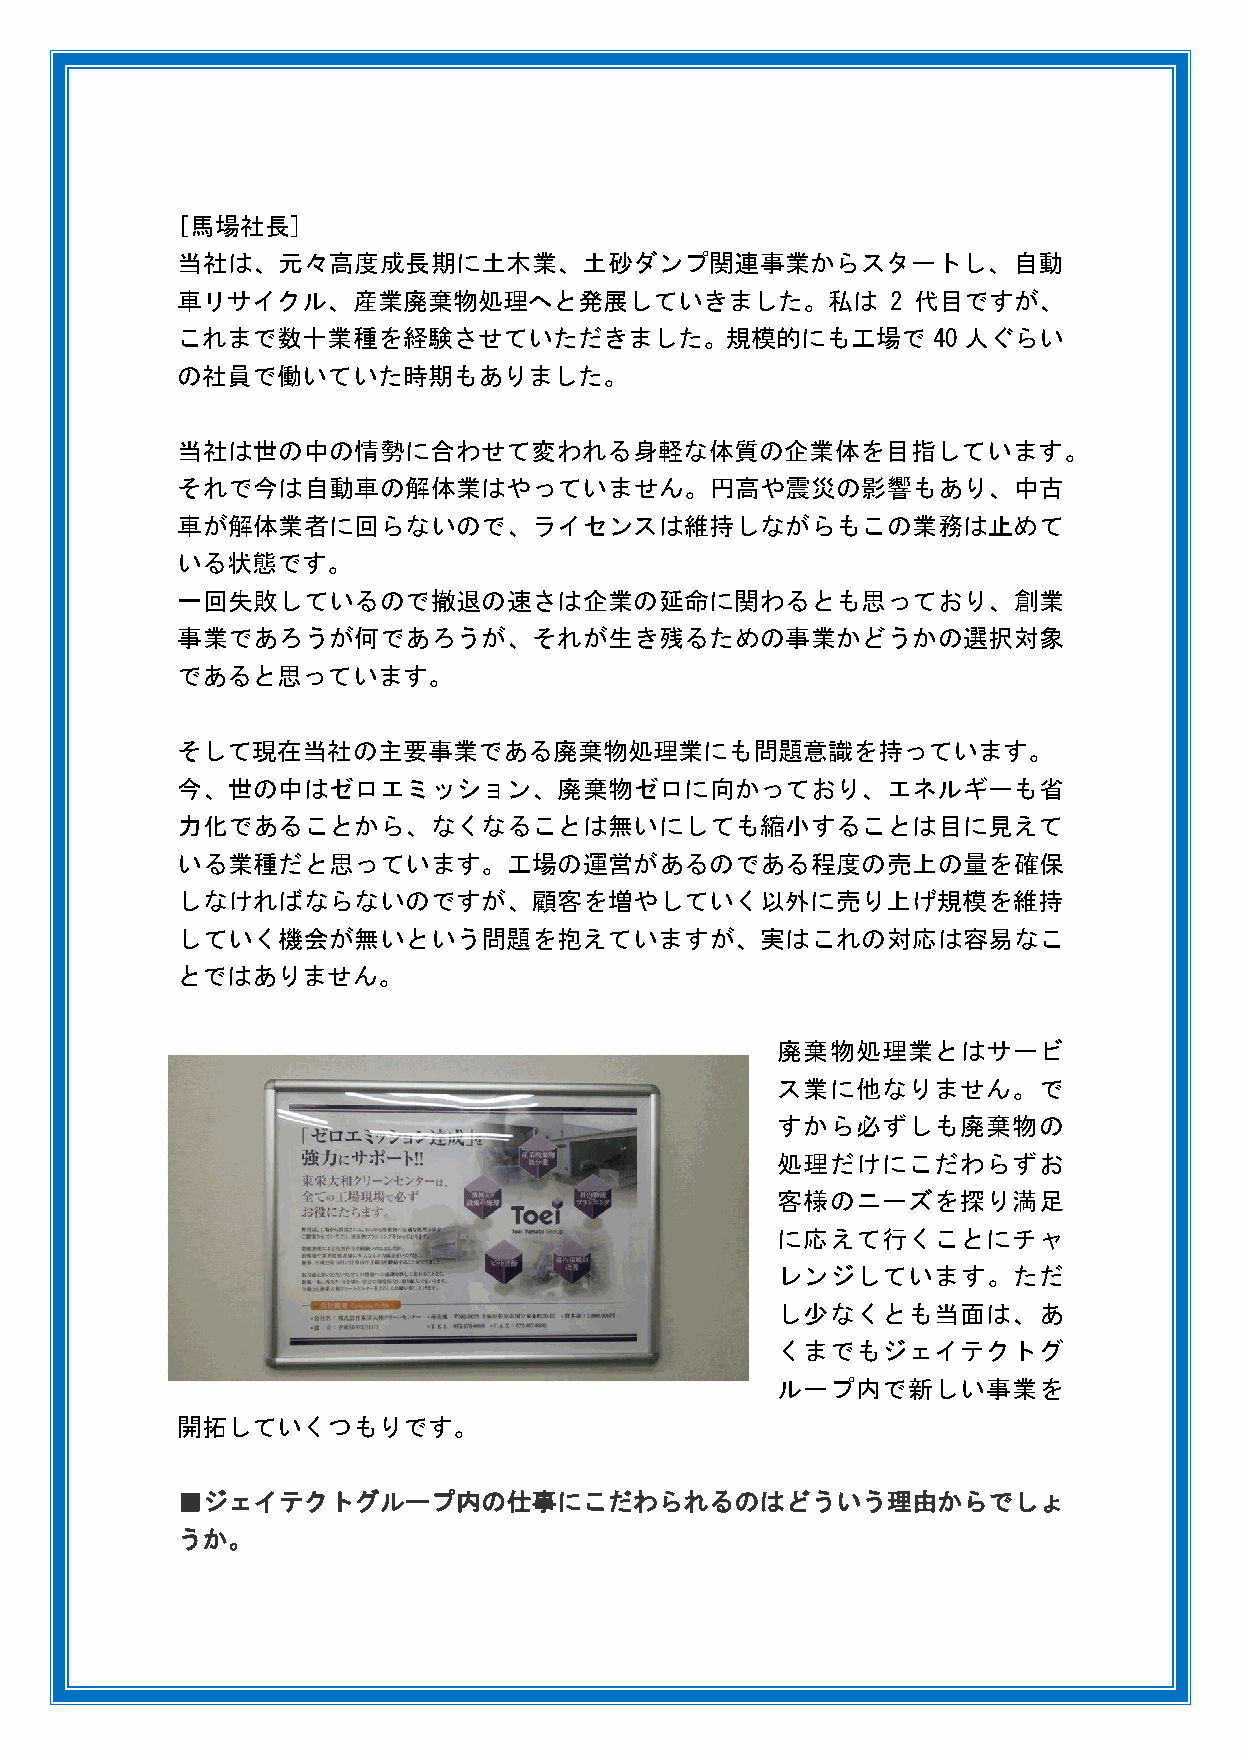
[馬場社長]
 当社は、元々高度成長期に土木業、土砂ダンプ関連事業からスタートし、自動
 車リサイクル、産業廃棄物処理へと発展していきました。私は                   2 代目ですが、
 これまで数十業種を経験させていただきました。規模的にも工場で40人ぐらい
 の社員で働いていた時期もありました。
 当社は世の中の情勢に合わせて変われる身軽な体質の企業体を目指しています。
 それで今は自動車の解体業はやっていません。円高や震災の影響もあり、中古
 車が解体業者に回らないので、ライセンスは維持しながらもこの業務は止めて
 いる状態です。
 一回失敗しているので撤退の速さは企業の延命に関わるとも思っており、創業
 事業であろうが何であろうが、それが生き残るための事業かどうかの選択対象
 であると思っています。
 そして現在当社の主要事業である廃棄物処理業にも問題意識を持っています。
 今、世の中はゼロエミッション、廃棄物ゼロに向かっており、エネルギーも省
 力化であることから、なくなることは無いにしても縮小することは目に見えて
 いる業種だと思っています。工場の運営があるのである程度の売上の量を確保
 しなければならないのですが、顧客を増やしていく以外に売り上げ規模を維持
 していく機会が無いという問題を抱えていますが、実はこれの対応は容易なこ
 とではありません。
 廃棄物処理業とはサービ
 ス業に他なりません。で
 すから必ずしも廃棄物の
 処理だけにこだわらずお
 客様のニーズを探り満足
 に応えて行くことにチャ
 レンジしています。ただ
 し少なくとも当面は、あ
 くまでもジェイテクトグ
 ループ内で新しい事業を
 開拓していくつもりです。
 ■ジェイテクトグループ内の仕事にこだわられるのはどういう理由からでしょ
 うか。